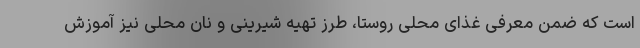
است که ضمن معرفی غذای محلی روستا، طرز تهیه شیرینی و نان محلی نیز آموزش